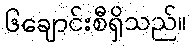
၆ချောင်းစီရှိသည်။